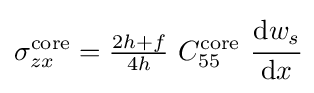
\sigma _{zx}^{\mathrm {core} }={\tfrac {2h+f}{4h}}~C_{55}^{\mathrm {core} }~{\cfrac {\mathrm {d} w_{s}}{\mathrm {d} x}}